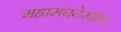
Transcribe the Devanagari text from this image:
महासंघदेखील